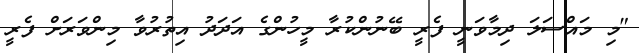
"މި މައްސަލަ ދިމާވަނީ ފެރީ ބޭނުންކުރާ މީހުންގެ އަދަދު އިތުރުވާ މިންވަރަށް ފެރީ